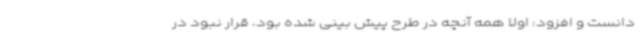
دانست و افزود: اولا همه آنچه در طرح پیش بینی شده بود، قرار نبود در